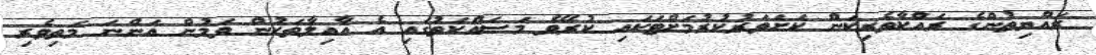
ރައްޔިތުންގެ ރައްކާތެރިކަން ކަށަވަރުކުރުމަށްޓަކައި ކުރެވޭ މަސައްކަތުގައި އެ އާއިލާތަކުން ވަމުން އަންނަ މަތިވެރި